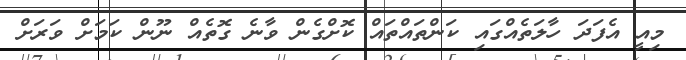
މިއީ އެފަދަ ހާލަތެއްގައި ކަންތައްތައް ކޮށްގެން ވާނެ ގޮތެއް ނޫން ކަމަށް ވަރަށް